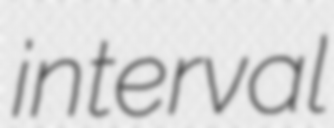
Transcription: interval